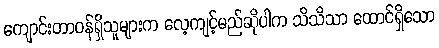
ကျောင်းတာဝန်ရှိသူများက လေ့ကျင့်မည်ဆိုပါက သိသိသာ ထောင်ရှိသော